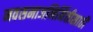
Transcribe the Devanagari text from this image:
नवसमाजनिर्मितीसाठी